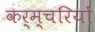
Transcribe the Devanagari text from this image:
कर्म्चरियों